画像に写った文字を読んでください
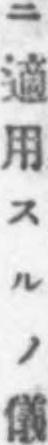
「ニ適用スルノ儀」と書いてあります